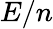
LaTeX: E/n